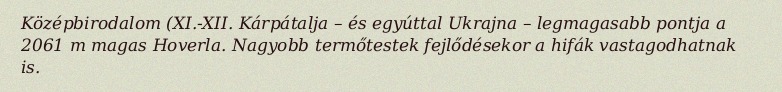
Középbirodalom (XI.-XII. Kárpátalja – és egyúttal Ukrajna – legmagasabb pontja a 2061 m magas Hoverla. Nagyobb termőtestek fejlődésekor a hifák vastagodhatnak is.